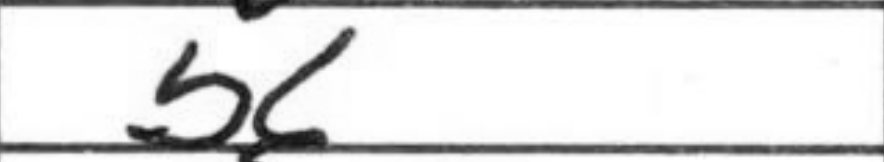
Transcription: b6